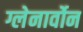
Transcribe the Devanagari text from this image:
ग्लेनार्वोन